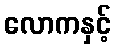
လောကနှင့်